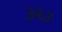
૩૨૩